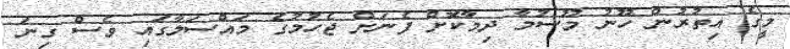
މީގެ އިތުރުން ހޫނު މޫސުމާ ދިމާކޮށް ފެނަށް ޖެހުމުގެ މައްސަލާގައި ވެސް ގިނަ